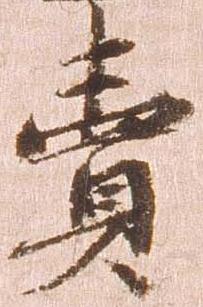
売